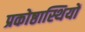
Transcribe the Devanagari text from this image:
प्रकोष्ठास्थियों